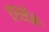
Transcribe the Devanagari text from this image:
एस्सेने